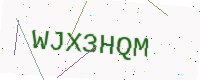
Text: WJX3HQM